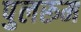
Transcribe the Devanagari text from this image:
पुलरूम